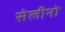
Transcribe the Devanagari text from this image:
सेलीनो